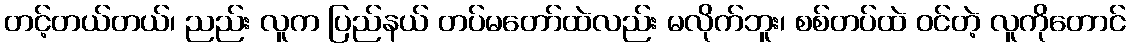
တင့်တယ်တယ်၊ ညည်း လူက ပြည်နယ် တပ်မတော်ထဲလည်း မလိုက်ဘူး၊ စစ်တပ်ထဲ ဝင်တဲ့ လူကိုတောင်